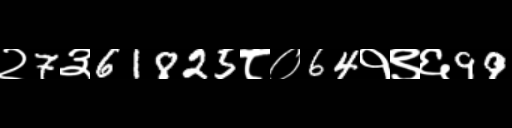
Text: २7३61825८०64१९६99